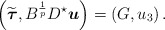
\begin{align*} \left(\widetilde{\boldsymbol\tau},B^{\frac{1}{p}} D^\star{ \boldsymbol u}\right)=\left(G,u_3\right). \end{align*}